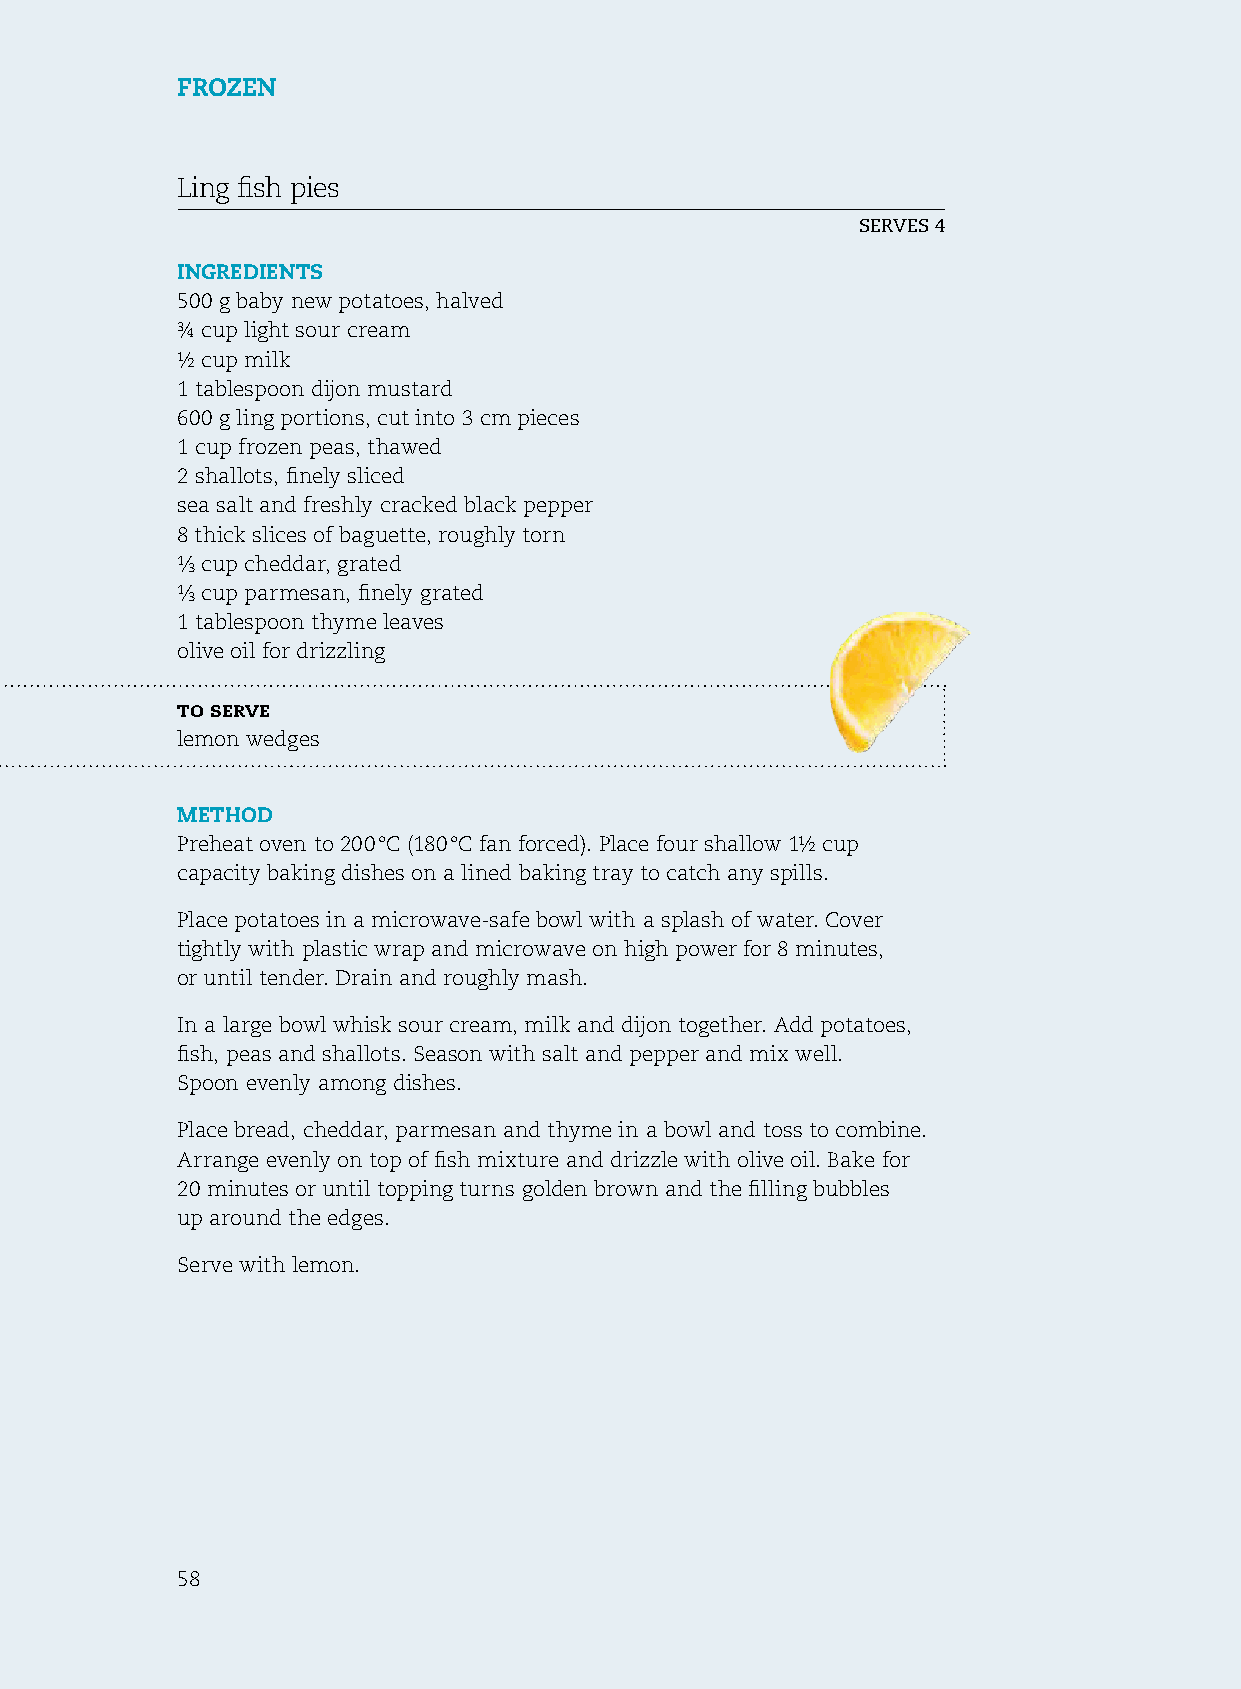
Frozen
 Ling fish pies
 serves 4
 ingredients
 500 g baby new potatoes, halved
 ¾ cup light sour cream
 ½ cup milk
 1 tablespoon dijon mustard
 600 g ling portions, cut into 3 cm pieces
 1 cup frozen peas, thawed
 2 shallots, finely sliced
 sea salt and freshly cracked black pepper
 8 thick slices of baguette, roughly torn
 ¹⁄ cup cheddar, grated
 ³
 ¹⁄ cup parmesan, finely grated
 ³
 1 tablespoon thyme leaves
 olive oil for drizzling
 to serve
 lemon wedges
 method
 Preheat oven to 200 °C (180 °C fan forced). Place four shallow 1½ cup
 capacity baking dishes on a lined baking tray to catch any spills.
 Place potatoes in a microwave-safe bowl with a splash of water. Cover
 tightly with plastic wrap and microwave on high power for 8 minutes,
 or until tender. Drain and roughly mash.
 In a large bowl whisk sour cream, milk and dijon together. Add potatoes,
 fish, peas and shallots. season with salt and pepper and mix well.
 spoon evenly among dishes.
 Place bread, cheddar, parmesan and thyme in a bowl and toss to combine.
 Arrange evenly on top of fish mixture and drizzle with olive oil. Bake for
 20 minutes or until topping turns golden brown and the filling bubbles
 up around the edges.
 serve with lemon.
 58